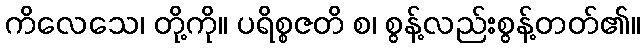
ကိလေသေ၊ တို့ကို။ ပရိစ္စဇတိ စ၊ စွန့်လည်းစွန့်တတ်၏။